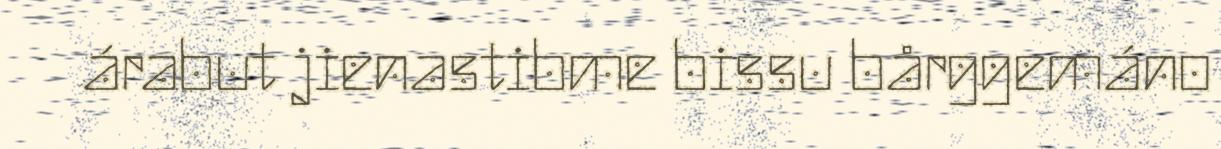
árabut jienastibme bissu bårggemáno